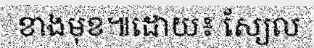
ខាងមុខ៕ដោយ៖ ស្យែល